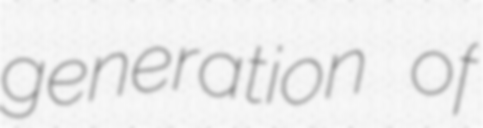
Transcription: generation of